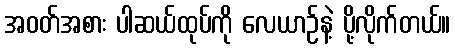
အဝတ်အစား ပါဆယ်ထုပ်ကို လေယာဉ်နဲ့ ပို့လိုက်တယ်။